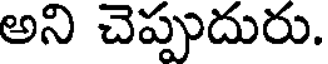
అని చెప్పుదురు.